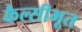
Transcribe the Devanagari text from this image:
कैल्सीभूत